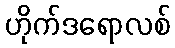
ဟိုက်ဒရောလစ်